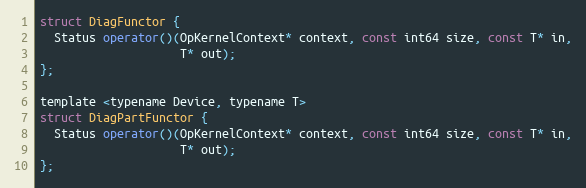
Language: C
struct DiagFunctor {
  Status operator()(OpKernelContext* context, const int64 size, const T* in,
                    T* out);
};

template <typename Device, typename T>
struct DiagPartFunctor {
  Status operator()(OpKernelContext* context, const int64 size, const T* in,
                    T* out);
};